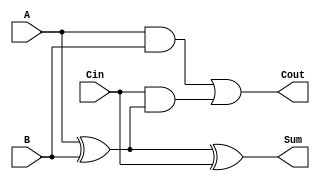
module LowPowerFullAdder (
    input wire A,     // First input bit
    input wire B,     // Second input bit
    input wire Cin,   // Carry-in bit
    output wire Sum,  // Output sum
    output wire Cout  // Output carry-out
);

// Logic for Sum
assign Sum = A ^ B ^ Cin;

// Logic for Carry-out
assign Cout = (A & B) | (Cin & (A ^ B));

endmodule